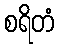
စရိတံ